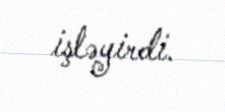
işləyirdi.